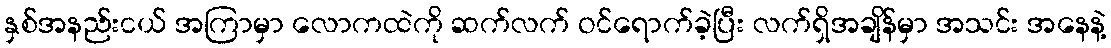
နှစ်အနည်းငယ် အကြာမှာ လောကထဲကို ဆက်လက် ဝင်ရောက်ခဲ့ပြီး လက်ရှိအချိန်မှာ အသင်း အနေနဲ့